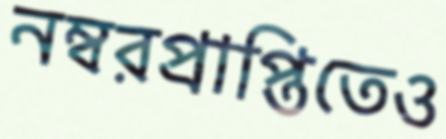
নম্বরপ্রাপ্তিতেও